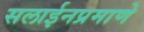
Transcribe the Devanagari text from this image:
सलाईनप्रमाणे